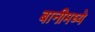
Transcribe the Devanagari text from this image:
बानीमध्ये